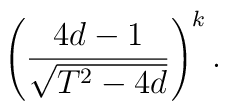
\left(\frac {4d-1}{\sqrt {T^2-4d}}\right)^k.